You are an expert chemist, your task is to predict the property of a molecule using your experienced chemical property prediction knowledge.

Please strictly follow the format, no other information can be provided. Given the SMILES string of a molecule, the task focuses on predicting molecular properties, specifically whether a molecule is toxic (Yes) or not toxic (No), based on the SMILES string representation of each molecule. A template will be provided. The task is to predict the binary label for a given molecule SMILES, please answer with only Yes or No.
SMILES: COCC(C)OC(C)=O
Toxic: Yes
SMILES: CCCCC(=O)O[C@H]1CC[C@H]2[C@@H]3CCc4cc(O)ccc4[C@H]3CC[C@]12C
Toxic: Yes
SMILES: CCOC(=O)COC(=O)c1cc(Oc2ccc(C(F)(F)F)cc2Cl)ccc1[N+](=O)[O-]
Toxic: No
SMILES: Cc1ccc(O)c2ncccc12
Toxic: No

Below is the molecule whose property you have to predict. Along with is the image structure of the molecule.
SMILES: CC1=C(C)C(=O)C(C(CCCCCC(=O)O)c2ccccc2)=C(C)C1=O
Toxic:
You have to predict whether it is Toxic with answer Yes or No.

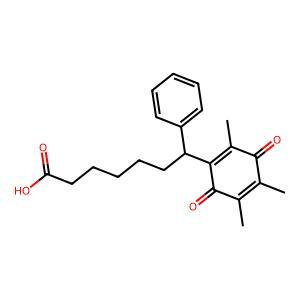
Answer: No